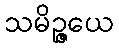
သမိဉ္ဇယေ